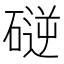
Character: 磀